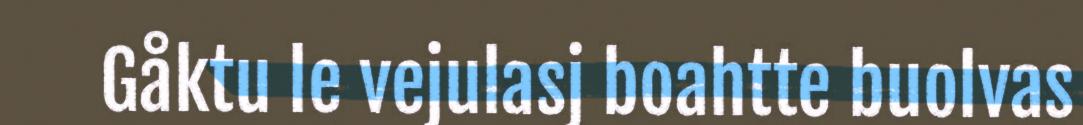
Gåktu le vejulasj boahtte buolvas